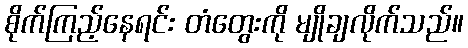
စိုက်ကြည့်နေရင်း တံတွေးကို မျိုချလိုက်သည်။